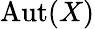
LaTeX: {\mathrm{Aut}}(X)